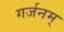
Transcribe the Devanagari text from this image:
गर्जनम्‌